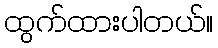
ထွက်ထားပါတယ်။